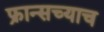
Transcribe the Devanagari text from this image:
फ्रान्सच्याच